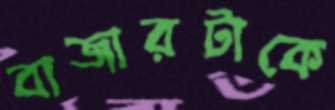
বাজারটাকে